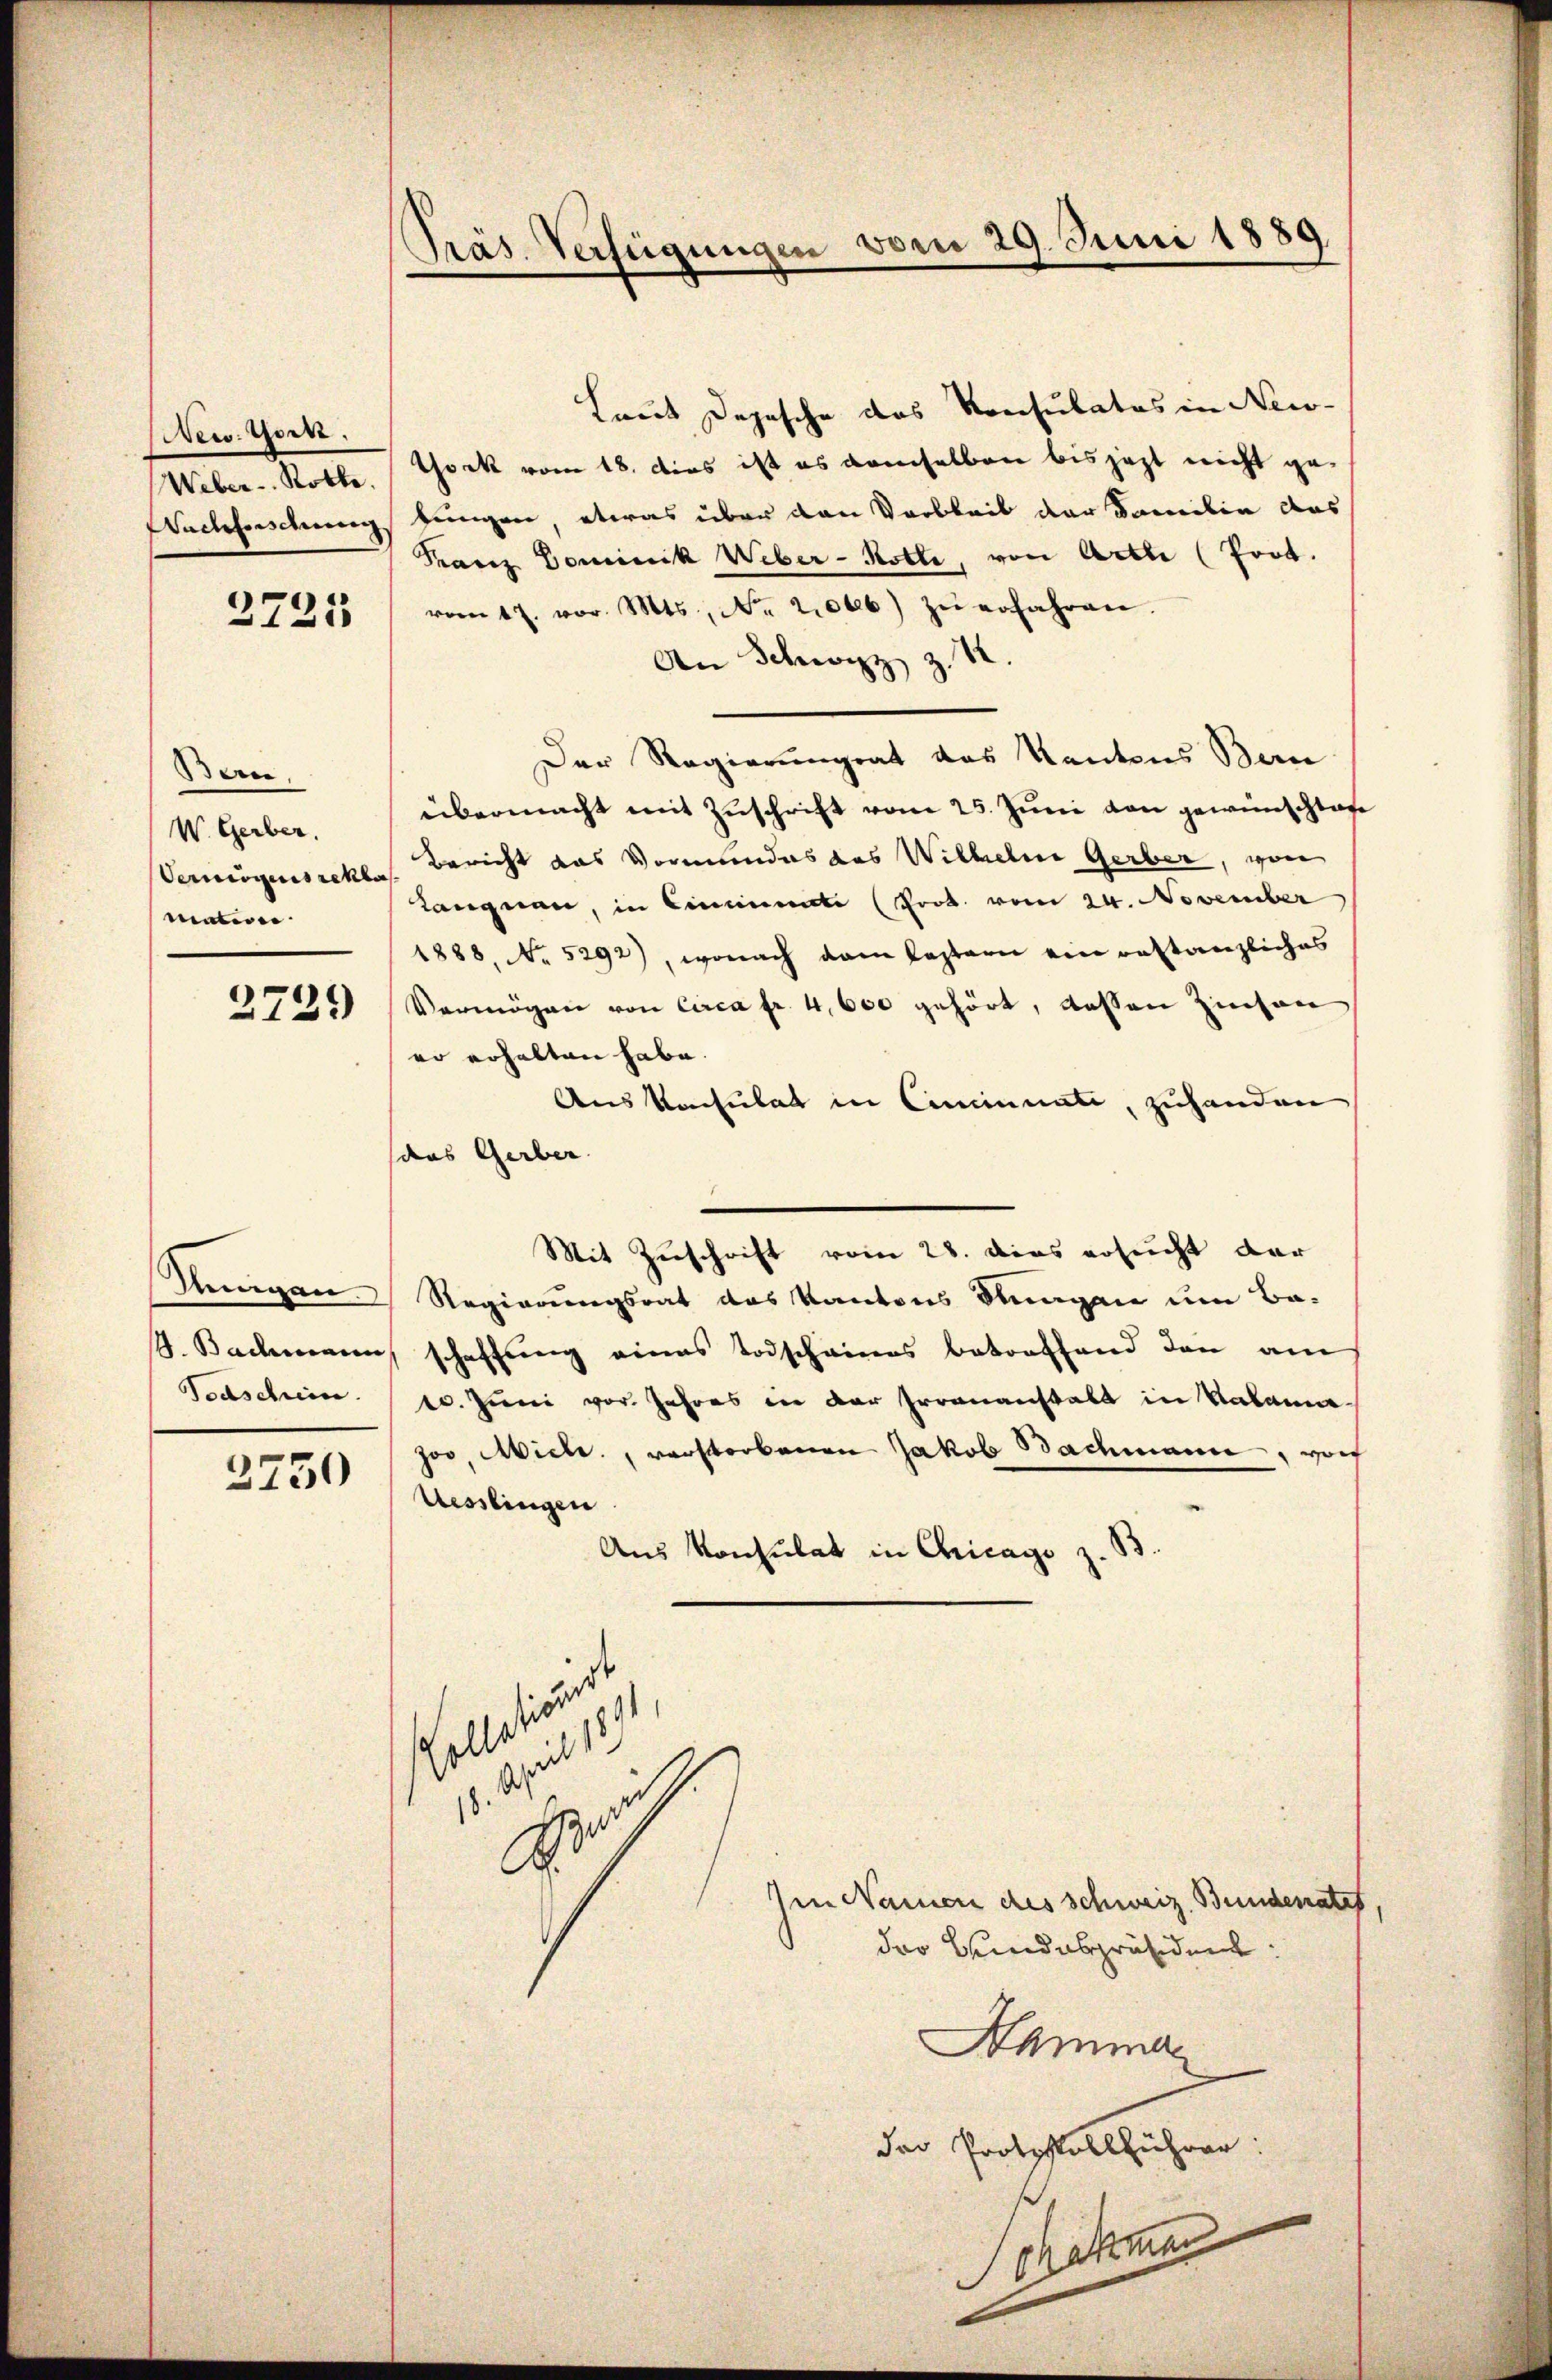
New York.
Weber. Rotte.
Aadefindung,

2721

an
W. Gerber.
Vermögens rekla
materie

2729)

Weigen
. Bademann
Todschein.

3750

Präs. Verfügungen vom 29. Juni 1889

Laut Depesche das Konsulates in New-
York vom 18. dies ist es demselben bis jezt nicht gelungen etwas über den Varbleib der Familie das
Tanz Dominik Weber-Rotte, von Arthe (frot.
vom 17. vor. Mts., No. 21006) zŭ erfahren.
An Schwyz z. 18
Der Regierungsat das Kantons Bern
übermacht mit Zuschrift vom 25. Juni den gewünschtage
Bericht das Vormundes das Wilhelm Gerber, wor
Langnau, in Cincinati (Prok. vom 24. November
1888, No 5292), wonach dem Pastori ein bestanzliches
Vermögen von Circa Fr. 4,600 gehört, dessen Zinsen
er erhalten habe.
Aus Konsulat in Caminati, zuhanden
das Gerber
Mit Zuschrift vom 28. dies ersucht dar
Regierungsrat das Kantons Singen um Baschaffŭng eines Todschaines betreffend den am
10. Juni vor. Jahres in der Irrenanstalt in Vakana
zoo, Mich., verstorbenen Jakob Bachmann, wor
Uesslingen
Aus Konsulat in Chicago z. B.
letirend
a
1
Her
Im Namen des Schweiz. Bundenates,
der Bundespräsident:
Hamman
der Protokollführer:
ohekenn